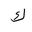
Letter: _kaf